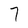
Character: 7